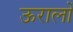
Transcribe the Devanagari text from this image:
ऊरालों